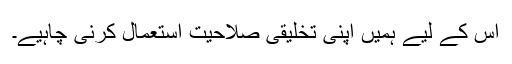
اس کے لیے ہمیں اپنی تخلیقی صلاحیت استعمال کرنی چاہیے۔